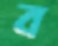
ব